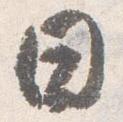
日